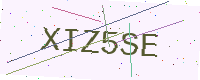
Text: XIZ5SE